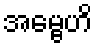
အမ္ဗေဟိ